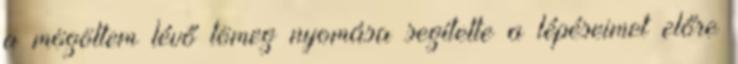
a mögöttem lévő tömeg nyomása segítette a lépéseimet előre